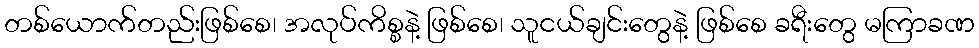
တစ်ယောက်တည်းဖြစ်စေ၊ အလုပ်ကိစ္စနဲ့ ဖြစ်စေ၊ သူငယ်ချင်းတွေနဲ့ ဖြစ်စေ ခရီးတွေ မကြာခဏ